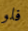
فلو